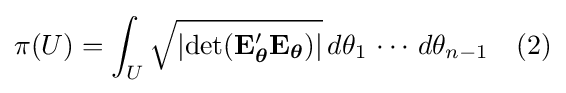
\pi (U)=\int _{U}{\sqrt {\left|\operatorname {det} (\mathbf {E} _{\boldsymbol {\theta }}'\mathbf {E} _{\boldsymbol {\theta }})\right|}}\,d\theta _{1}\,\cdots \,d\theta _{n-1}\quad (2)